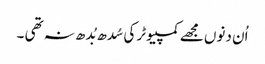
اُن دنوں مجھے کمپیوٹر کی سُدھ بُدھ نہ تھی ۔